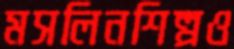
মসলিনশিল্পও